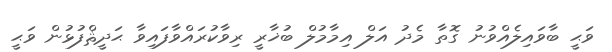
ވަޙީ ބާވައިލެއްވުނު ގޮތާ މެދު އަލް އިމާމުލް ބުޚާރީ ރިވާކުރައްވާފައިވާ ޙަދީޘްފުޅުން ވަޙީ